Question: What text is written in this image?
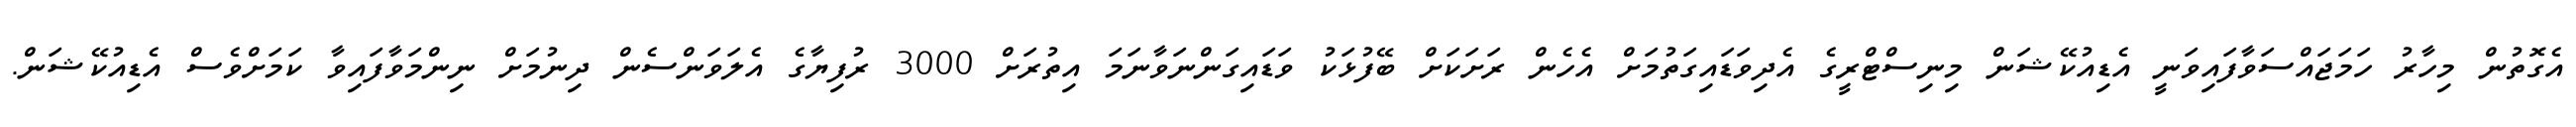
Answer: އެގޮތުން މިހާރު ހަމަޖައްސަވާފައިވަނީ އެޑިއުކޭޝަން މިނިސްޓްރީގެ އެދިވަޑައިގަތުމަށް އެހެން ރަށަކަށް ބޭފުޅަކު ވަޑައިގަންނަވާނަމަ އިތުރަށް 3000 ރުފިޔާގެ އެލަވަންސެން ދިނުމަށް ނިންމަވާފައިވާ ކަމަށްވެސް އެޑިއުކޭޝަން.